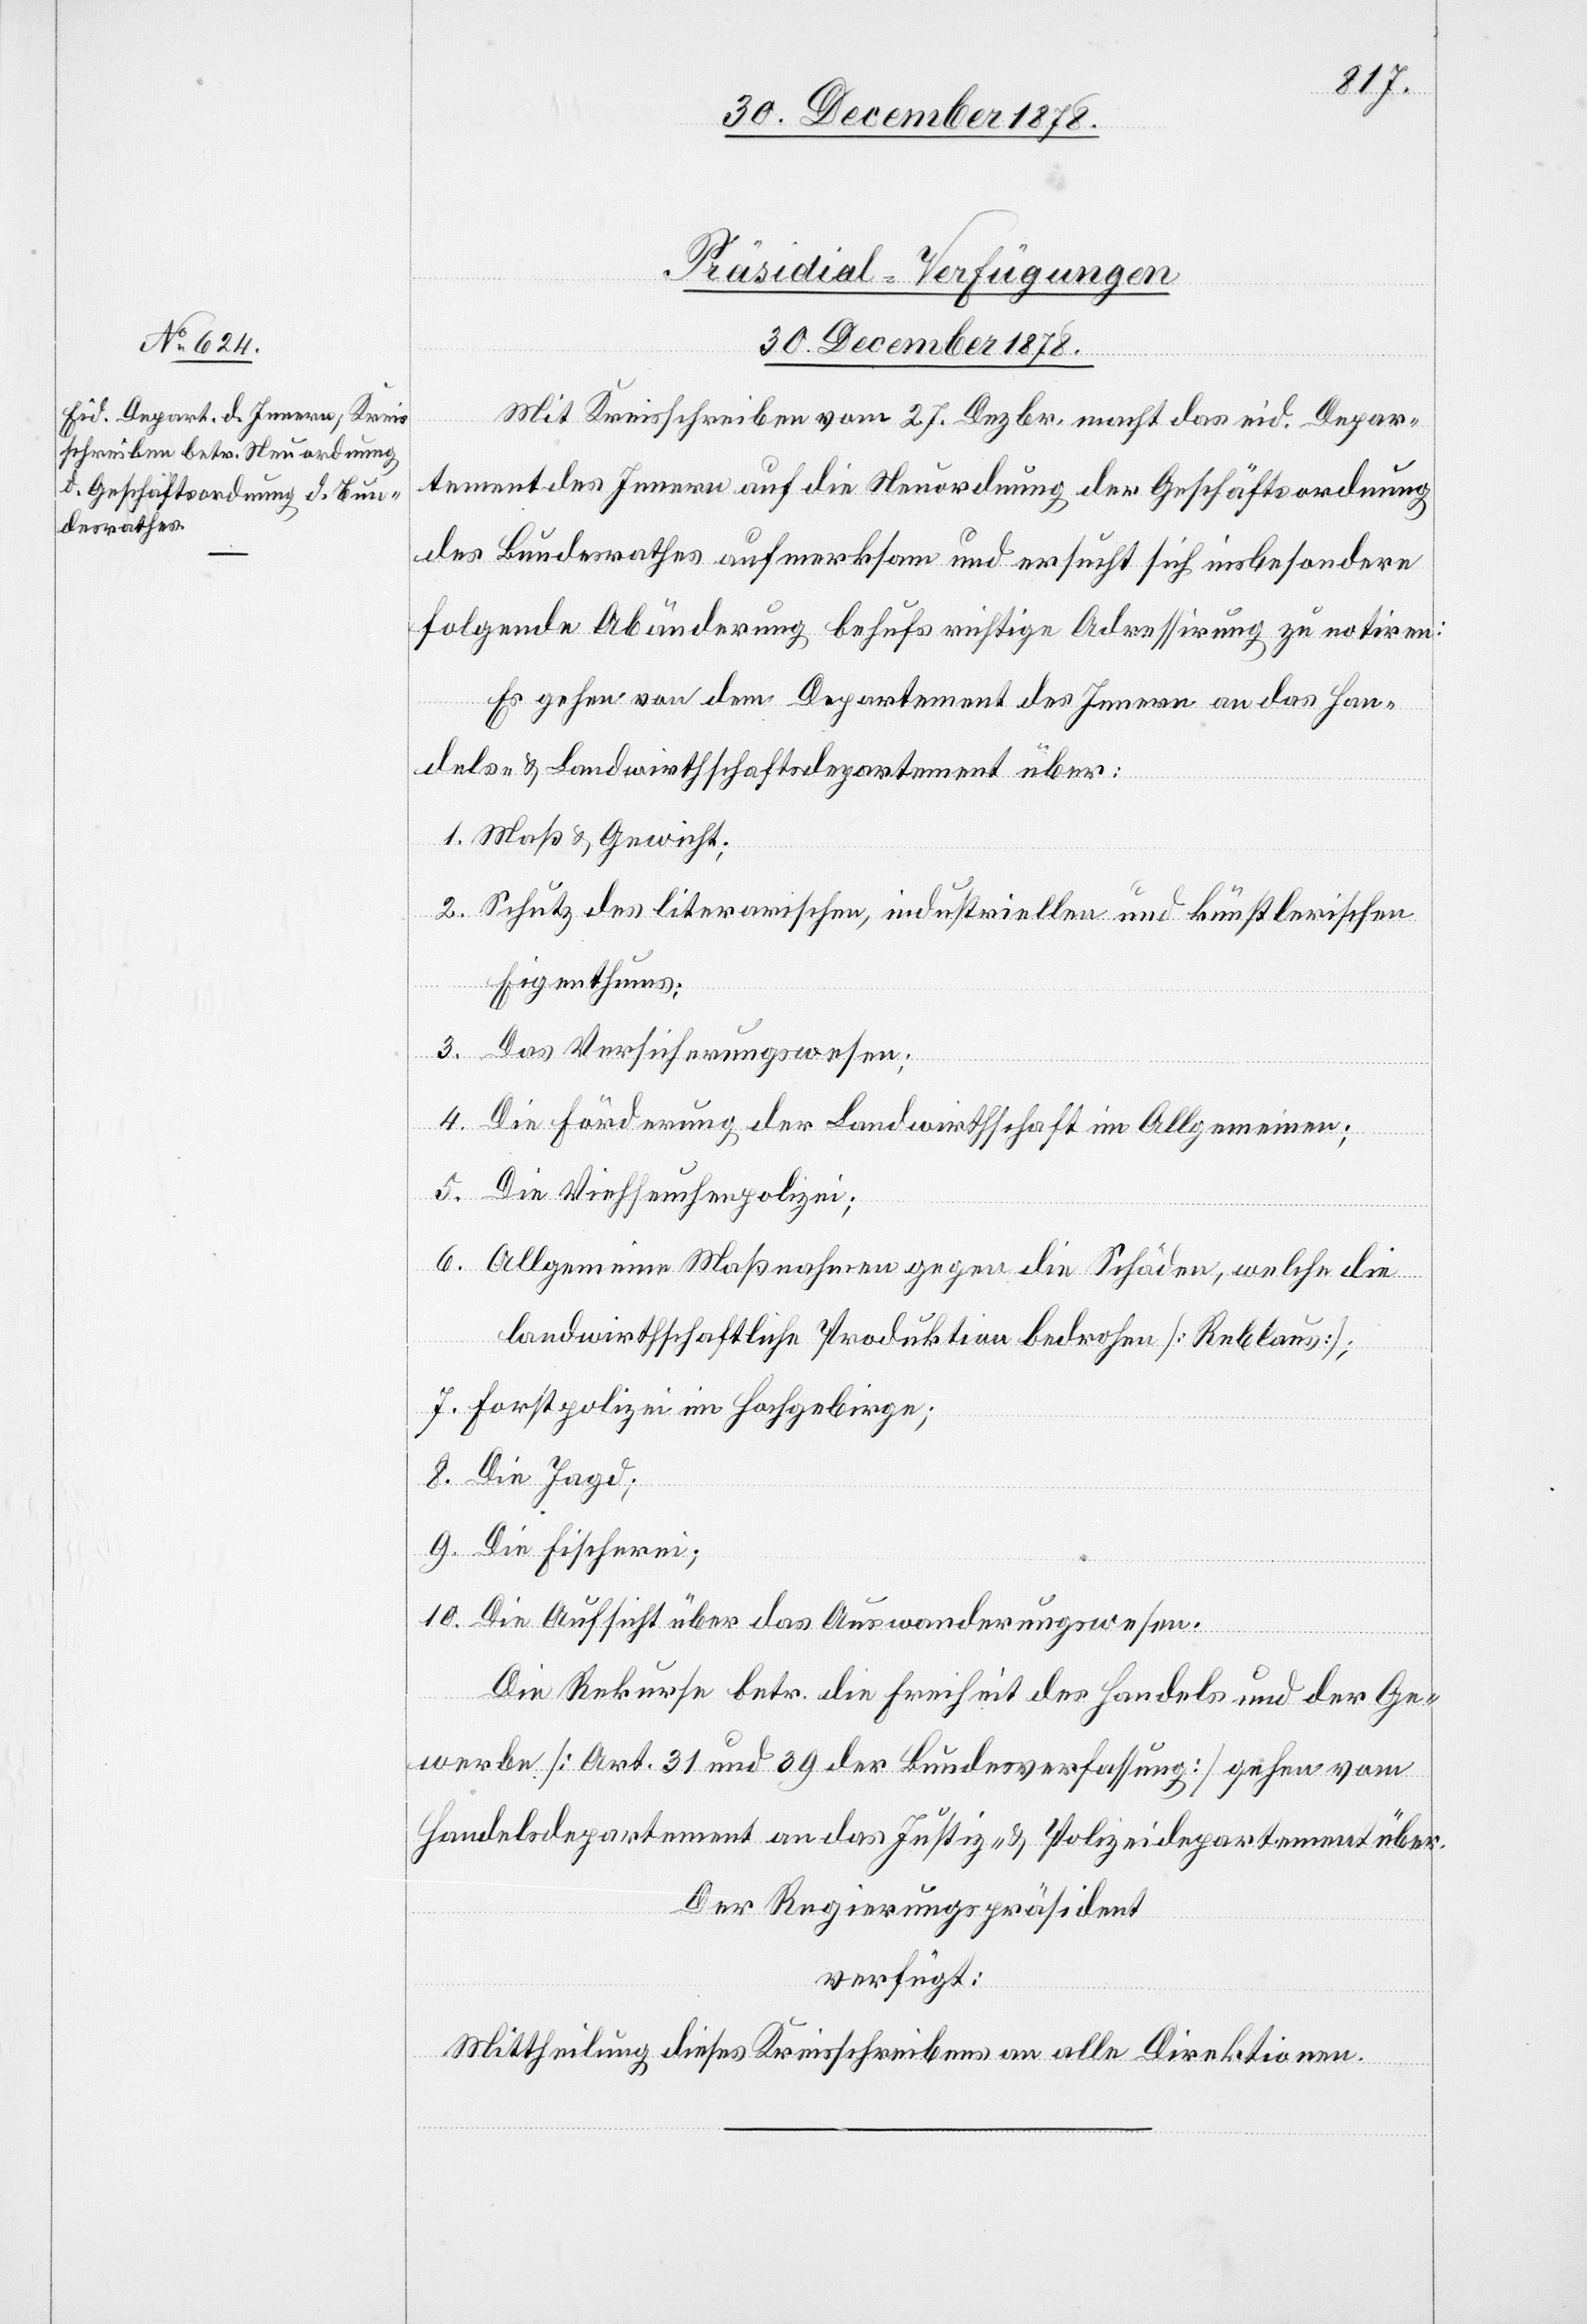
Präsidial-Verfügungen.
30. December 1878.
Mit Kreisschreiben vom 27. Dezbr. macht das eid. Depar¬
tement des Innern auf die Neuordnung der Geschäftsordnung
des Bundesrathes aufmerksam und ersucht sich insbesondere
folgende Abänderung behufs richtige Adressirung zu notiren:
Es gehen von dem Departement des Innern an das Han¬
dels- & Landwirthschaftsdepartement über:
1. Maß & Gewicht;
2. Schutz des literarischen, industriellen und künstlerischen
Eigenthums;
3. Das Versicherungswesen;
4. Die Förderung der Landwirthschaft im Allgemeinen;
5. Die Viehseuchenpolizei;
6. Allgemeine Maßnahmen gegen die Schäden, welche die
landwirthschaftliche Produktion bedrohen [Reblaus];
7. Forstpolizei im Hochgebirge;
8. Die Jagd;
9. Die Fischerei;
10. Die Aufsicht über das Auswanderungswesen.
Die Rekurse betr. die Freiheit des Handels und der Ge¬
werbe [Art. 31 und 39 der Bundesverfassung] gehen vom
Handelsdepartement an das Justiz- & Polizeidepartement über.
verfügt:
Mittheilung dieses Kreisschreibens an alle Direktionen.